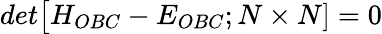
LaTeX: det\big[H_{OBC}-E_{OBC};N\times N]=0